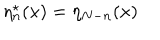
\eta _ { n } ^ { \star } ( x ) = \eta _ { N - n } ( x )